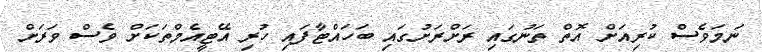
ނަމަވެސް ކުރިއަށް އޮތް ތަނުގައި ރަށްރަށުގައި ބަހައްޓާފައި ހުރި އޭޓީއެމްތަކަށް ވެސް ވަރަށް